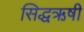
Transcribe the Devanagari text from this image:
सिद्धऋषी